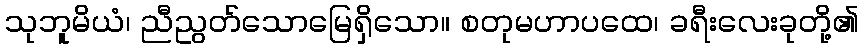
သုဘူမိယံ၊ ညီညွတ်သောမြေရှိသော။ စတုမဟာပထေ၊ ခရီးလေးခုတို့၏